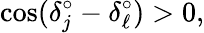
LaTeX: \cos(\delta_{j}^{\circ}-\delta_{\ell}^{\circ})>0,